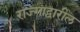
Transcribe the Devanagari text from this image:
राज्गाद्वारील